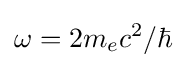
\omega =2m_{e}c^{2}/\hbar